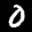
Label: 0